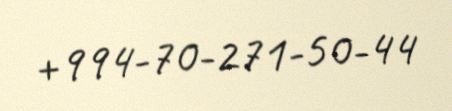
+994-70-271-50-44